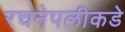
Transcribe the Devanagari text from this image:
रचनेपलीकडे